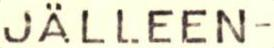
JÄLLEEN-